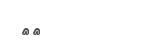
٣٧